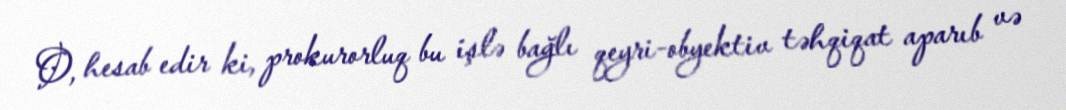
O, hesab edir ki, prokurorluq bu işlə bağlı qeyri-obyektiv təhqiqat aparıb və